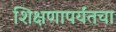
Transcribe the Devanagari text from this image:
शिक्षणापर्यंतचा